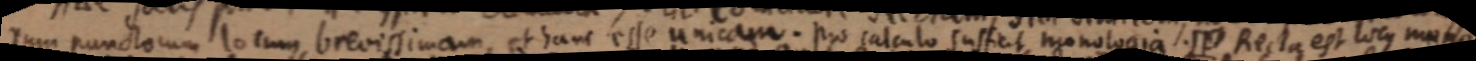
rum punctorum locum brevissimam et hanc esse unicam. Pro calculo sufficit monologia. Recta est locus mono